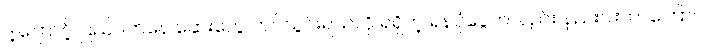
ဒါ့ကြောင့် ပြည်ပကနေ ဆေးတွေ တင်သွင်းရသလို ရရှိတဲ့ ရန်ပုံငွေကလည်း နည်းပါးတာကြောင့်